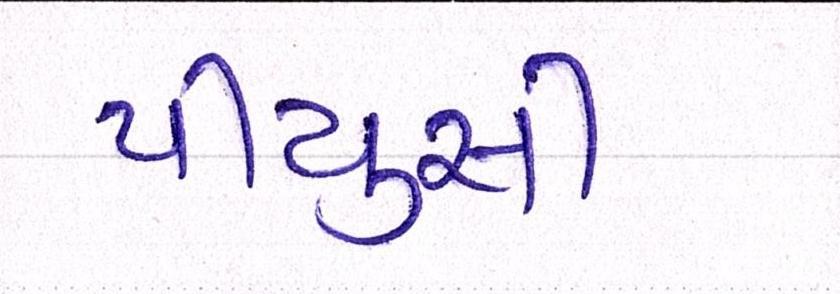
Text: પીયુસી